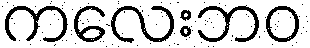
ကလေးဘဝ